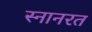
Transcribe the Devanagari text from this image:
स्नानरत